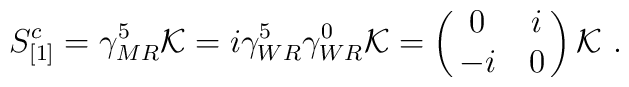
S^c_{[1]} = \gamma^5_{MR} {\cal K} = i\gamma^5_{WR} \gamma^0_{WR}{\cal K} =\pmatrix{0&i\cr -i&0\cr} {\cal K}\,\,.